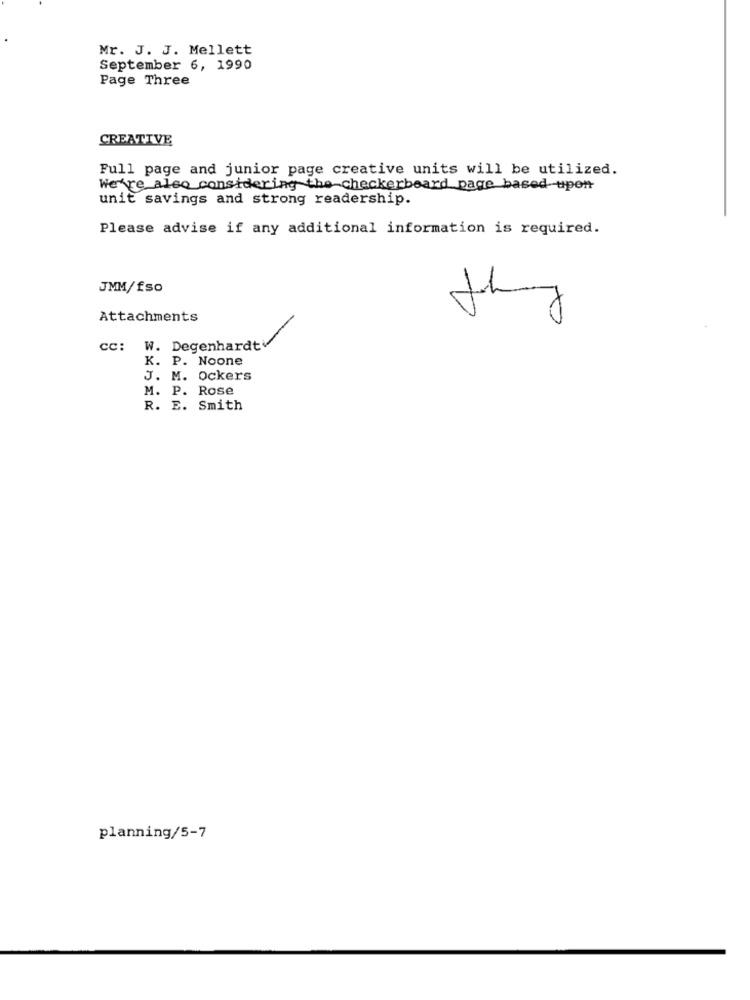
Mr. J. J. Mellett
September 6, 1990
Page Three
CREATIVE
Full page and junior page creative units will be utilized.
We're also considering the checkerboard page based upon
unit savings and strong readership.
Please advise if any additional information is required.
JMM/fso
Attachments
they
cc: W. Degenhardt
K. P. Noone
J. M. Ockers
M. P. Rose
R. E. Smith
planning/5-7